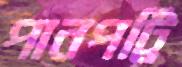
পানপট্টি